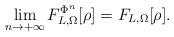
LaTeX: \begin{align*} \mathop{\lim}_{n\to+\infty}F_{L,\Omega}^{\Phi^n}[\rho]=F_{L,\Omega}[\rho]. \end{align*}